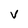
Character: v